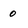
Character: 0